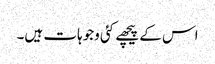
اس کے پیچھے کئی وجوہات ہیں۔